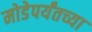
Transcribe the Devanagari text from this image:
मोडेपर्यंतच्या